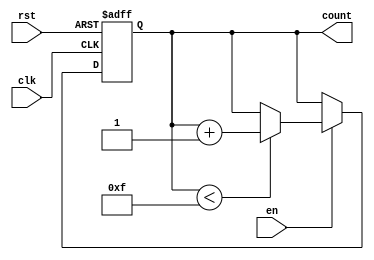
module incremental_counter #(
    parameter MAX_VAL = 15 // Parameter for maximum count value
)(
    input wire clk,         // Clock signal
    input wire rst,         // Asynchronous reset
    input wire en,          // Enable signal
    output reg [3:0] count  // 4-bit current count value
);

    // Memory Block (register) to hold the current count
    reg [3:0] memory_block;

    always @(posedge clk or posedge rst) begin
        // Asynchronous reset
        if (rst) begin
            memory_block <= 4'b0000; // Reset count to 0
        end else if (en) begin
            // Increment only if less than max value
            if (memory_block < MAX_VAL) begin
                memory_block <= memory_block + 1;
            end
            // If max value is reached, hold the count
        end
    end

    // Output the current count value from memory block
    always @(*) begin
        count = memory_block; // Read current count
    end

endmodule